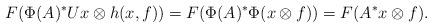
LaTeX: \begin{align*}F(\Phi (A)^*Ux\otimes h(x,f)) =F(\Phi (A)^*\Phi (x\otimes f))=F(A^*x\otimes f).\end{align*}